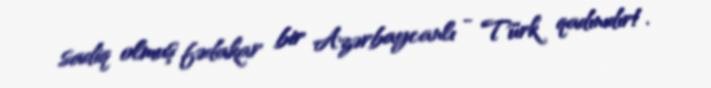
sadiq olmuş fədakar bir Azərbaycanlı - Türk qadınıdır!.